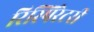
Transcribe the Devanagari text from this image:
रिस्पिरेटरी